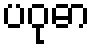
ပဝုဓာ